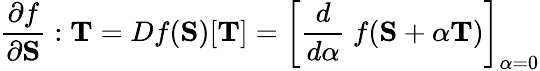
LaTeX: {\frac{\partial f}{\partial\mathbf{S}}}:\mathbf{T}=Df(\mathbf{S})[\mathbf{T}]=\left[{\frac{d}{d\alpha}}~f(\mathbf{S}+\alpha\mathbf{T})\right]_{\alpha=0}